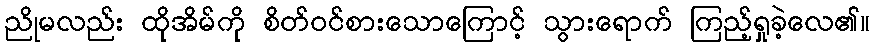
ညိုမလည်း ထိုအိမ်ကို စိတ်ဝင်စားသောကြောင့် သွားရောက် ကြည့်ရှုခဲ့လေ၏။